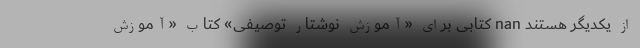
از یکدیگر هستند nan کتابی برای «آموزش نوشتار توصیفی» کتاب «آموزش